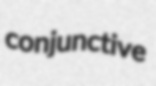
conjunctive